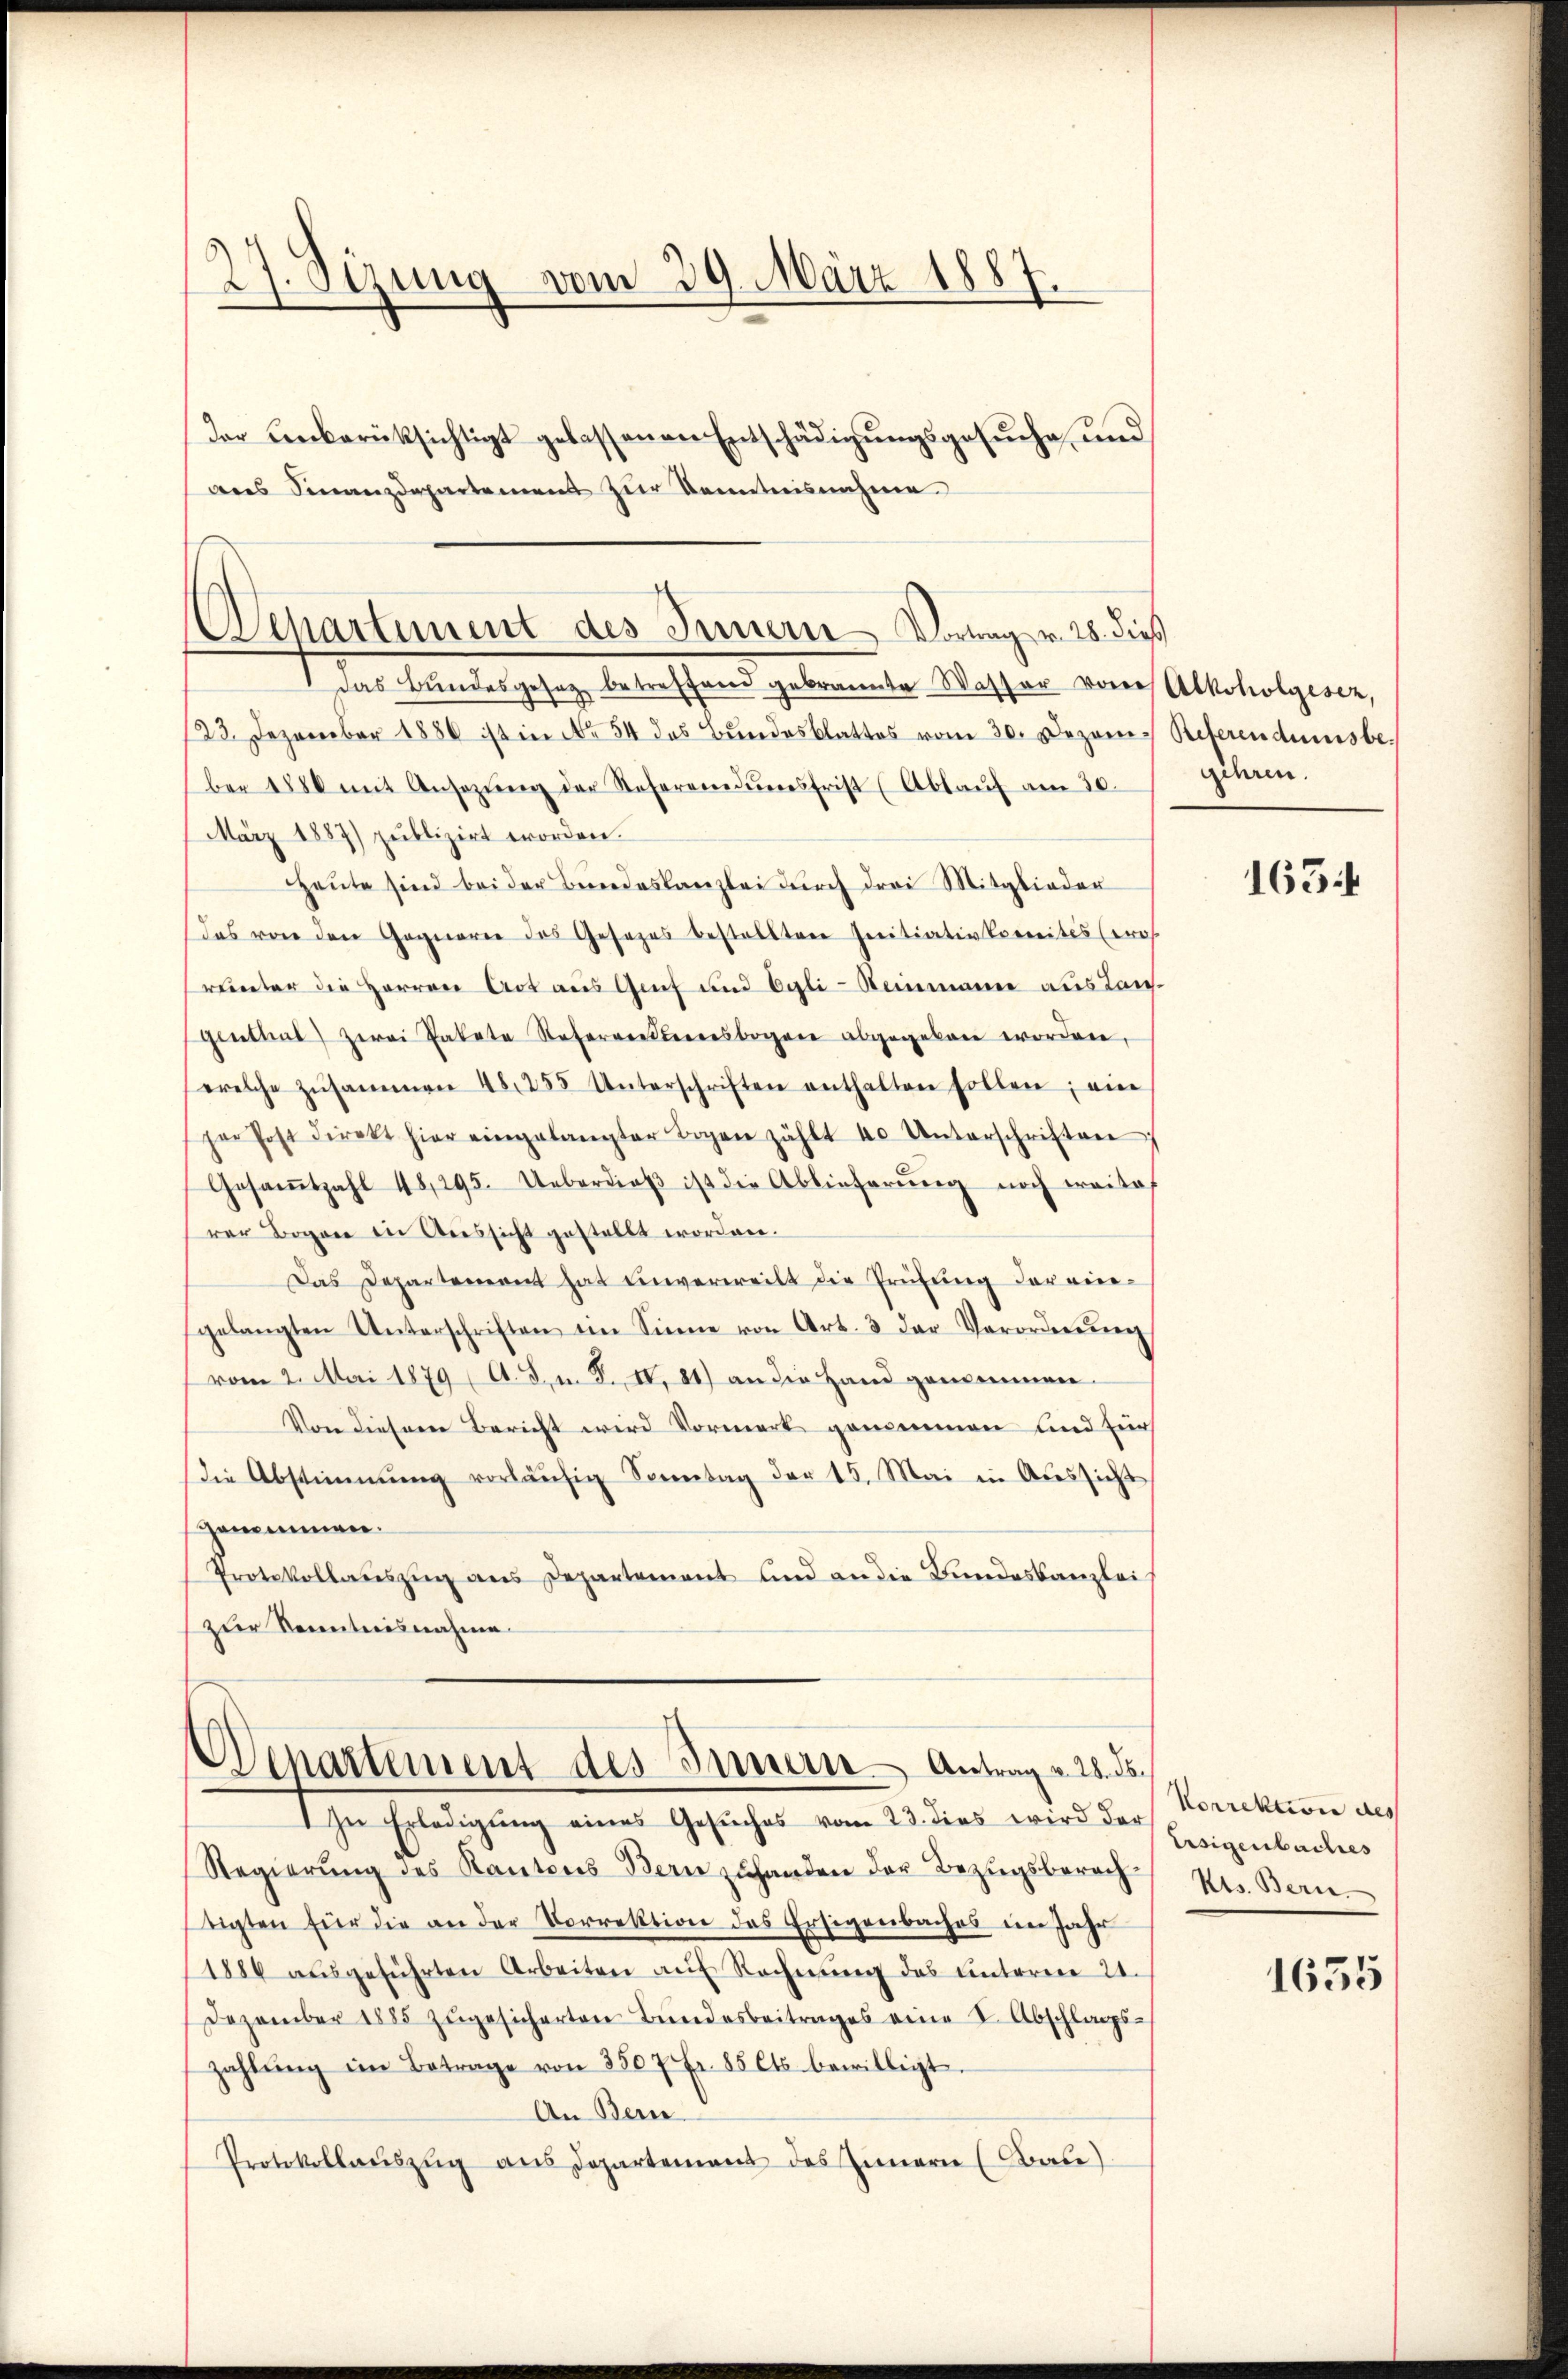
27. Sizung vom 29. März 1887
der Unberücksichtigt gelassenen Entschädigungsgesuche und
ans Finanzdepartemens zŭr Kenntnisnahme

Wepartement des Innern Vorweg v. 28. dieß
7 das Bandesgesage betreffend gebrannte Wasser von Alkoholgiore,

123. Dezember 1886 ist in No 54 des Bundesblattes vom 30. Dezom. Referendumsbe
ber 1880 mit Ansezŭng der Soferendŭngsfrist (Ablaŭf am 30.
März 1887) publizirt worden.
Heŭte sind bei der Bŭndeskanzlei dŭrch drei Mitglieder
das von den Gognare des Gesezes bestellten Initiativkomites (pros.
runter die Herren Art aus Genf und Egli-Reinmann aus Tauf-
Genthal) zwei Pakete Referettesbogene abgegeben worden,
welche zŭsammen 48. 255 Unterschriften enthalten sollen; ein
per Post direkt hier eingelangter Bogen zählt 40 Unterschriften
Gesaṁtzahl 48,295. Ueberdieβ ist die Ablieferŭng noch weite
rer Bogen in Aussicht gestellt worden.
Das Departement hat einverweilt die Prüfŭng der ein-
gelangten Unterschriften ein Sinne von Art. 3 der Verordnŭng
vom 2. Mai 1879 (A. J. n. F. IV 81) an die Hand genommen.
Von diesem Bericht wird Vormerk genommen und für
die Abstimmung vorläŭfig Sonntag der 15. Mai in Aŭssicht
genommen.
Protokollauszug aus Departement und an die Bundeskanzleizur Kenntnisnahme.

Departement des Innern Antrag v. 28. ds.

In Erledigŭng eines Gesŭches vom 23. dies wird der
Regierung des Kantons Bern zuhanden der Bezugsberechtigten für die an der Vorrektion des Ersigenbaches im Jahr
1886 aŭsgeführten Arbeiten aŭf Rechnŭng des unteren 21.
Dezember 1885 zŭgesicherten Bundesbeitrages eine I. Abschlagszahlŭng im Betrage von 3507 fr. 85 Cts. bewilligt.
An Bern
Protokollaŭszŭg ans Departement des Innern (Base

gehren.

Korrektion des
Eisigenbaches
kes. Bern.

163.

1655